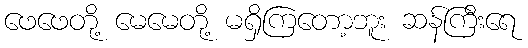
ဖေဖေတို့ မေမေတို့ မရှိကြတော့ဘူး ဆန်ကြီးရေ